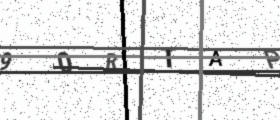
Text: 90RTAP